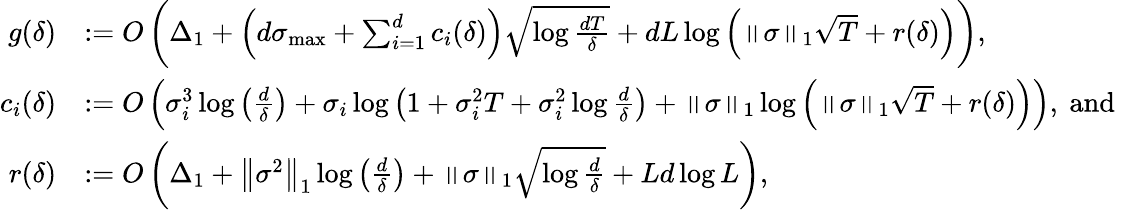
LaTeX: \begin{array}{rl}{g(\delta)}&{:=O\left(\Delta_{1}+\left(d\sigma_{\operatorname*{max}}+\sum_{i=1}^{d}c_{i}(\delta)\right)\sqrt{\log\frac{dT}{\delta}}+dL\log\left(\left\Vert\sigma\right\Vert_{1}\sqrt{T}+r(\delta)\right)\right),}\\ {c_{i}(\delta)}&{:=O\left(\sigma_{i}^{3}\log\left(\frac{d}{\delta}\right)+\sigma_{i}\log\left(1+\sigma_{i}^{2}T+\sigma_{i}^{2}\log\frac{d}{\delta}\right)+\left\Vert\sigma\right\Vert_{1}\log\left(\left\Vert\sigma\right\Vert_{1}\sqrt{T}+r(\delta)\right)\right),\mathrm{~and~}}\\ {r(\delta)}&{:=O\left(\Delta_{1}+\left\Vert\sigma^{2}\right\Vert_{1}\log\left(\frac{d}{\delta}\right)+\left\Vert\sigma\right\Vert_{1}\sqrt{\log\frac{d}{\delta}}+Ld\log L\right),}\end{array}